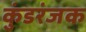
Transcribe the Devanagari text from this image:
कुंडरंजक